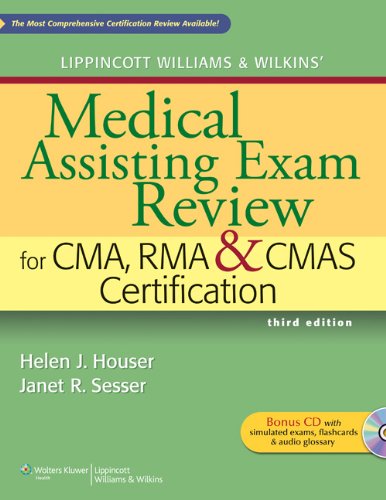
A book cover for Lippincott Williams & Wilkins' Medical Assisting Exam Review for CMA, RMA & CMAS Certification (Medical Assisting Exam Review for CMA and RMA Certification); Helen J. Houser RN  MSHA; Medical Books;